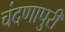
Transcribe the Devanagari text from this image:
चंदणापुरी